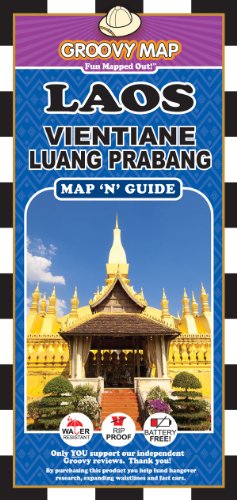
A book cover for Groovy Map n Guide Laos (2012-13); Aaron Frankel; Travel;